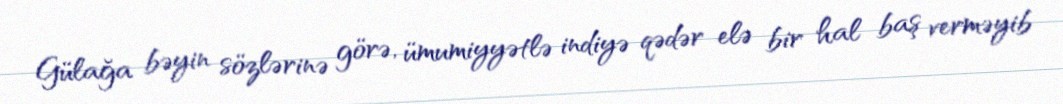
Gülağa bəyin sözlərinə görə, ümumiyyətlə indiyə qədər elə bir hal baş verməyib